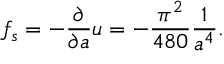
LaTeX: f _ { s } = - { \frac { \partial } { \partial a } } u = - { \frac { \pi ^ { 2 } } { 4 8 0 } } { \frac { 1 } { a ^ { 4 } } } .